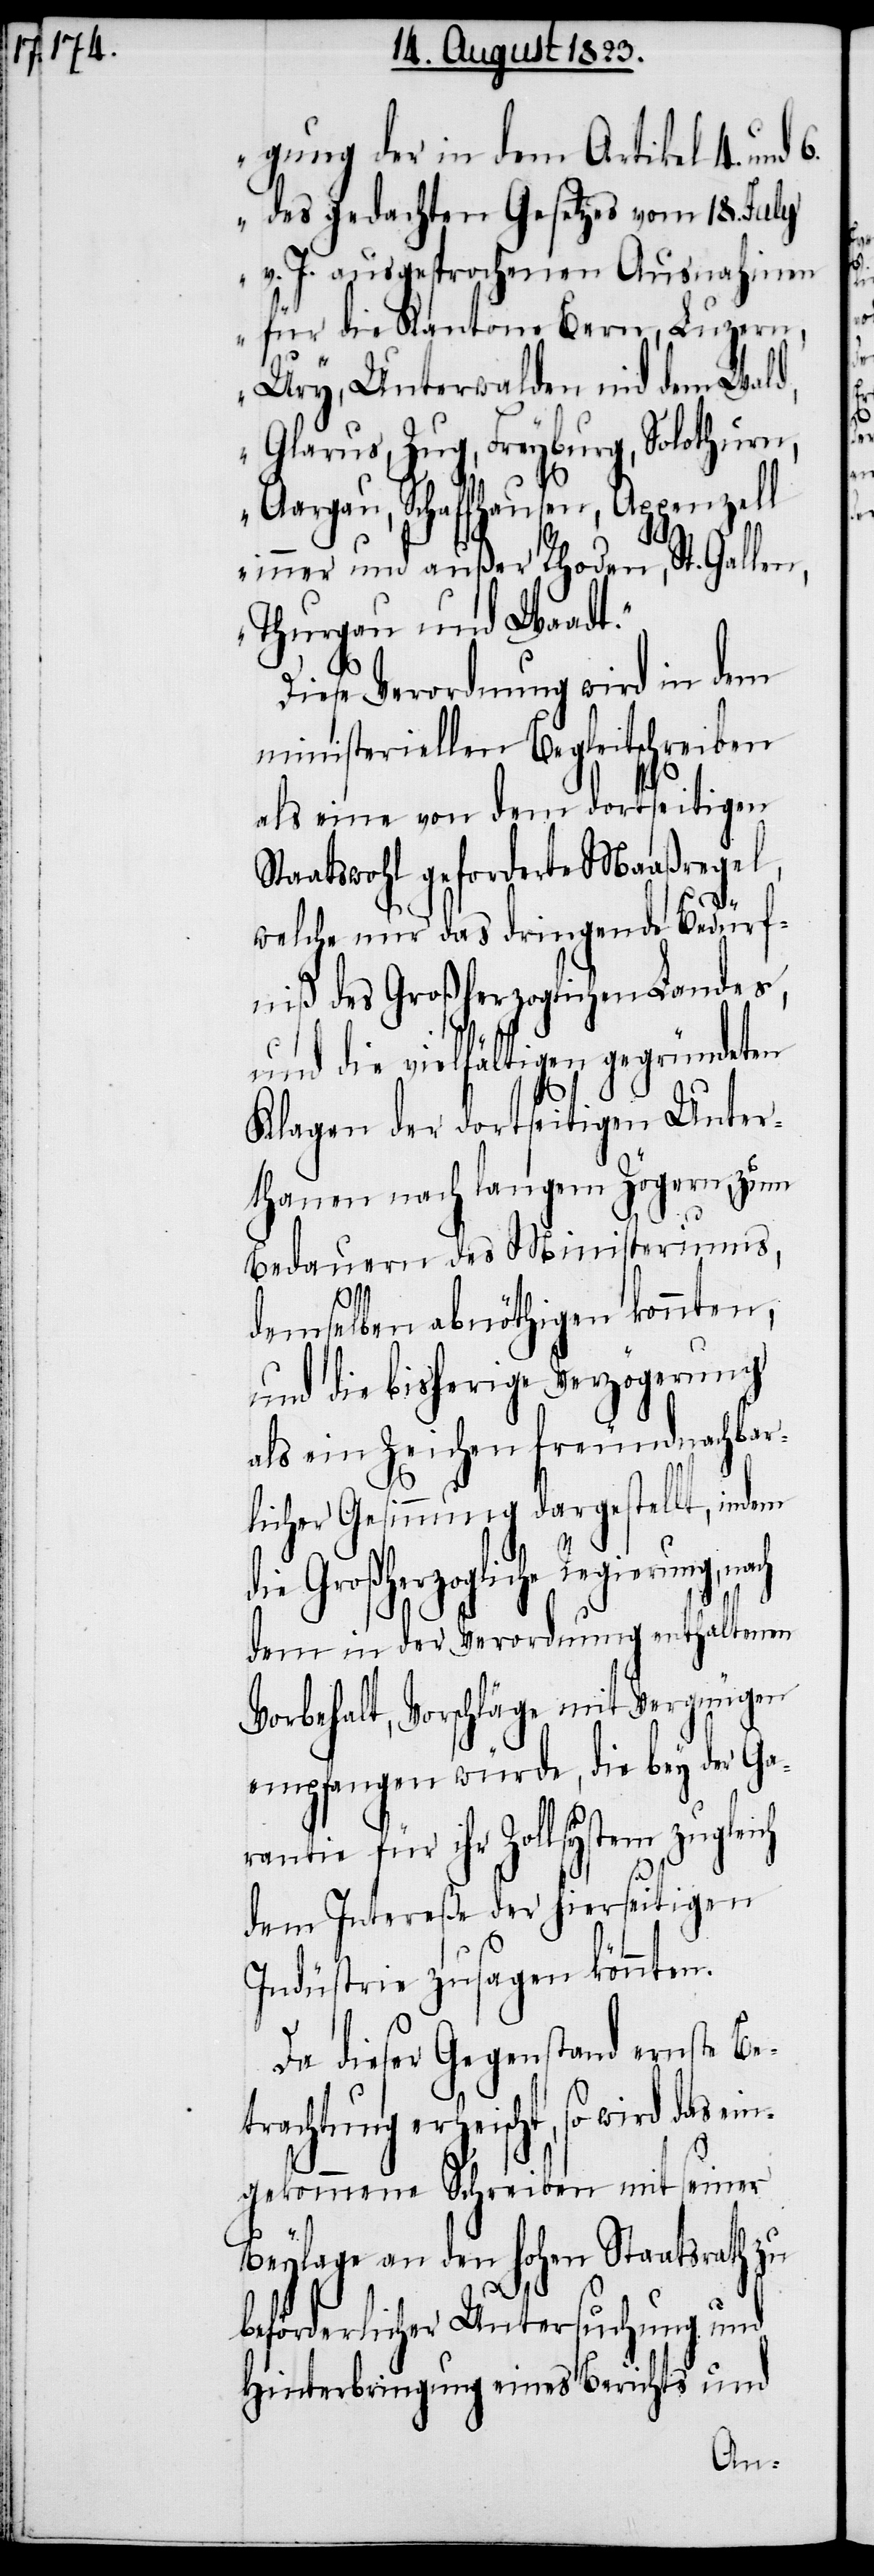
gung der in dem Artikel 4. und 6.
des gedachten Gesetzes vom 18. July
v. J. ausgesprochenen Ausnahmen
für die Kantone Bern, Luzern,
Ury, Unterwalden nid dem Wald,
Glarus, Zug, Freyburg, Solothurn,
Aargau, Schaffhausen, Appenzell
inner und außer Rhoden, St. Gallen,
Thurgau und Waadt.“
Diese Verordnung wird in dem
ministeriellen Begleitschreiben
als eine von dem dortseitigen
Staatswohl geforderte Maaßregel,
welche nur das dringende Bedürf¬
niß des Großherzoglichen Landes,
und die vielfältigen gegründeten
Klagen der dortseitigen Unter¬
thanen nach langem Zögern, zum
Bedauern des Ministeriums,
demselben abnöthigen konnten,
und die bisherige Verzögerung
als ein Zeichen freundnachbar¬
licher Gesinnung dargestellt, indem
die Großherzogliche Regierung,
dem in der Verordnung enthaltenen
Vorbehalt, Vorschläge mit Vergnügen
empfangen würde, die bey der Ga¬
rantie für ihr Zollsystem
dem Intereße der hierseitigen
Industrie zusagen könnten.
Da dieser Gegenstand ernste Be¬
trachtung erheischt, so wird das
gekommene Schreiben mit seiner
Beylage an den hohen Staatsrath zu
beförderlicher Untersuchung und
Hinterbringung eines Berichts und
ein¬